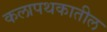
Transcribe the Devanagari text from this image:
कलापथकातील